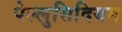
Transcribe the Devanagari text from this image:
पेल्लुसिदियम